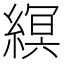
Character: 𦃼